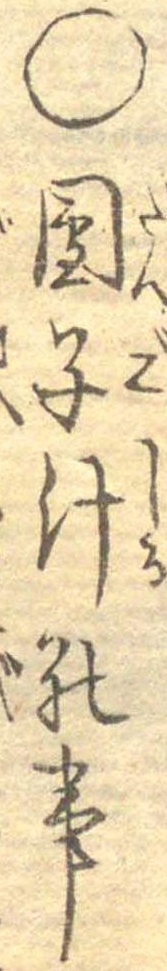
○団子汁の事